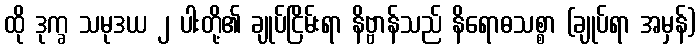
ထို ဒုက္ခ သမုဒယ ၂ ပါးတို့၏ ချုပ်ငြိမ်းရာ နိဗ္ဗာန်သည် နိရောဓသစ္စာ (ချုပ်ရာ အမှန်)